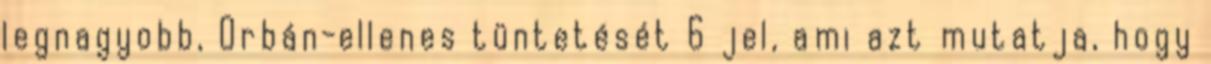
legnagyobb, Orbán-ellenes tüntetését 6 jel, ami azt mutatja, hogy